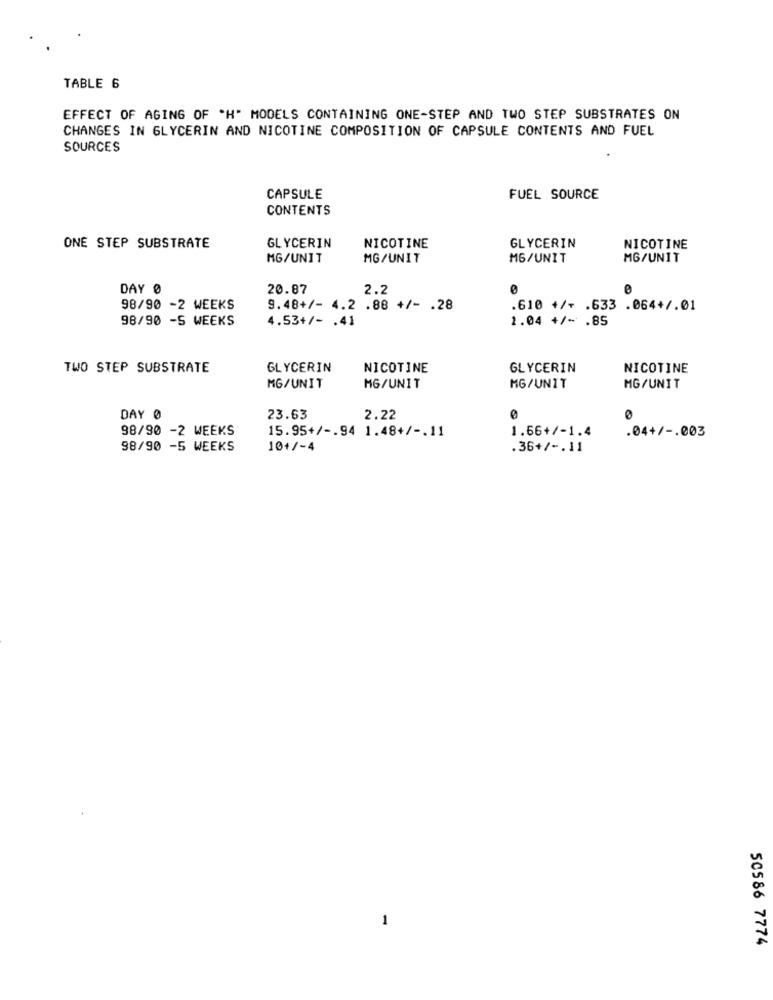
TABLE 6
EFFECT OF AGING OF *H" MODELS CONTAINING ONE-STEP AND TWO STEP SUBSTRATES ON
CHANGES IN GLYCERIN AND NICOTINE COMPOSITION OF CAPSULE CONTENTS AND FUEL
SOURCES
CAPSULE
FUEL SOURCE
CONTENTS
NICOTINE
ONE STEP SUBSTRATE
GLYCERIN
GLYCERIN
NICOTINE
MG/UNIT
MG/UNIT
MG/UNIT
MG/UNIT
DAY Ø
20.87
2.2
98/90 -2 WEEKS
9.48+/- 4.2 .88 +/- . 28
.610 +/- . 633 .064+/.01
98/90 -S WEEKS
4.53+/- . 41
2.04 +/- . 85
TWO STEP SUBSTRATE
GLYCERIN
NICOTINE
GLYCERIN
NICOTINE
MG/UNIT
MG/UNIT
MG/UNIT
MG/UNIT
DAY 0
23.63
2.22
0
0
98/90 -2 WEEKS
15.95+/ -. 94 1.48+/ -. 11
1.66+/-1.4
.04+/ -. 003
98/90 -5 WEEKS
10+/-4
.36+/ -. 11
50586 7774